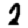
Digit: 2